Leaving Certificate Examination (including Day School Certificate (Higher) General paper), 1935
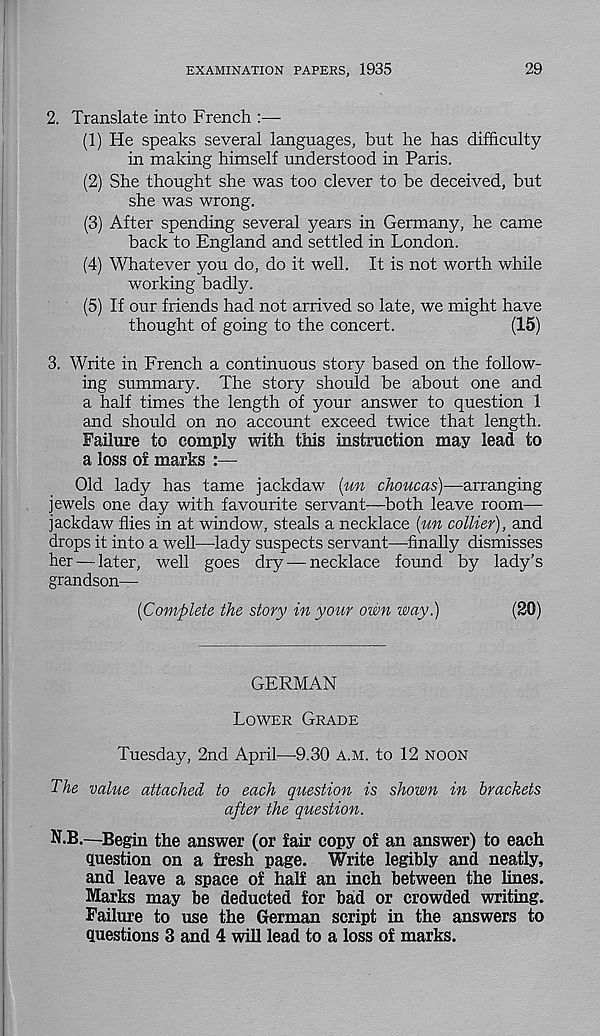
EXAMINATION PAPERS, 1935
29
2. Translate into French :—
(1) He speaks several languages, but he has difficulty
in making himself understood in Paris.
(2) She thought she was too clever to be deceived, but
she was wrong.
(3) After spending several years in Germany, he came
back to England and settled in London.
(4) Whatever you do, do it well. It is not worth while
working badly.
(5) If our friends had not arrived so late, we might have
thought of going to the concert.
(15)
3. Write in French a continuous story based on the follow-
ing summary. The story should be about one and
a half times the length of your answer to question 1
and should on no account exceed twice that length.
Failure to comply with this instruction may lead to
a loss of marks :—
Old lady has tame jackdaw (un choucas)—arranging
jewels one day with favourite servant—both leave room—
jackdaw flies in at window, steals a necklace (un collier), and
drops it into a well—lady suspects servant—finally dismisses
her — later, well goes dry — necklace found by lady’s
grandson—
(Complete the story in your own way.)
(20)
GERMAN
Lower Grade
Tuesday, 2nd April—9.30 a.m. to 12 noon
The value attached to each question is shown in brackets
after the question.
N.B.—Begin the answer (or fair copy of an answer) to each
question on a fresh page. Write legibly and neatly,
and leave a space of half an inch between the lines.
Marks may be deducted for bad or crowded writing.
Failure to use the German script in the answers to
questions 3 and 4 will lead to a loss of marks.